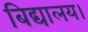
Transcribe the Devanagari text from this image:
बिद्यालय।